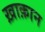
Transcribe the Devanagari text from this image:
ख़ाक़ान